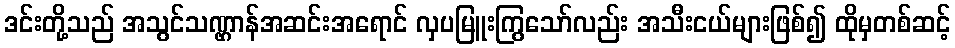
ဒင်းတို့သည် အသွင်သဏ္ဌာန်အဆင်းအရောင် လှပမြူးကြွသော်လည်း အသီးငယ်များဖြစ်၍ ထိုမှတစ်ဆင့်